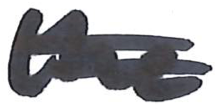
Text: the
Cross-out: mix
Writing tool: marker